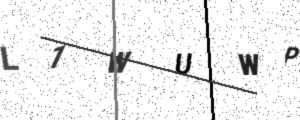
Text: L1WUWP